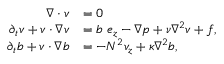
\begin{array} { r l } { \boldsymbol { \nabla } \cdot \boldsymbol { v } } & { = 0 } \\ { \partial _ { t } \boldsymbol { v } + \boldsymbol { v } \cdot \boldsymbol { \nabla } \boldsymbol { v } } & { = b ~ \boldsymbol { e } _ { z } - \boldsymbol { \nabla } p + \nu \nabla ^ { 2 } \boldsymbol { v } + \boldsymbol { f } , } \\ { \partial _ { t } { b } + \boldsymbol { v } \cdot \boldsymbol { \nabla } b } & { = - N ^ { 2 } v _ { z } + \kappa \nabla ^ { 2 } { b } , } \end{array}